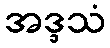
အဒ္ဒသံ